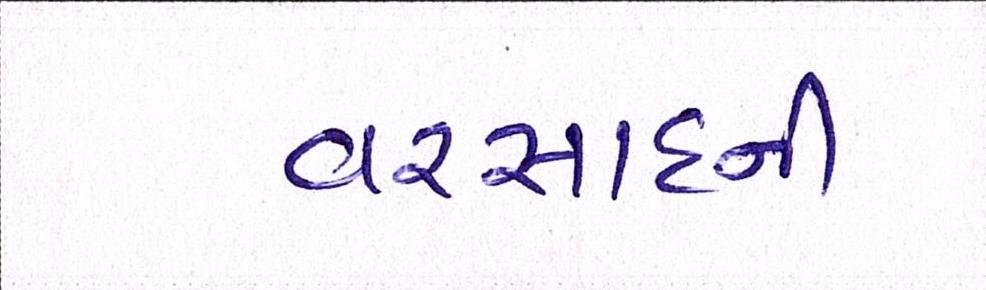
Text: વરસાદની